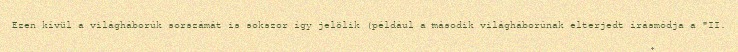
Ezen kívül a világháborúk sorszámát is sokszor így jelölik (például a második világháborúnak elterjedt írásmódja a "II.